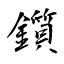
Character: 鑕